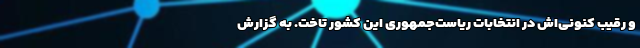
و رقیب کنونی‌اش در انتخابات ریاست‌جمهوری این کشور تاخت. به گزارش